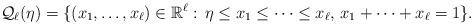
LaTeX: \begin{align*}\mathcal{Q}_\ell(\eta)=\{(x_1,\dots,x_\ell)\in\mathbb{R}^\ell:\,\eta\le x_1\le \dots \le x_\ell,\,x_1+\dots+x_\ell=1\}.\end{align*}